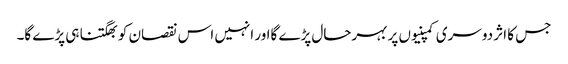
جس کا اثر دوسری کمپنیوں پر بہرحال پڑے گااور انہیں اس نقصان کو بھگتنا ہی پڑے گا۔